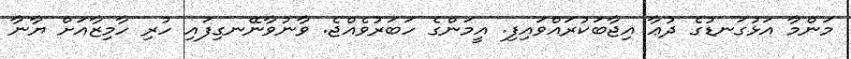
މަންމާ އަޅުގަނޑުގެ ދުޢާ އިޖާބަކުރައްވައިފި. އީމަންގެ ހަބަރުވެއްޖެ. ވާނުވާނޭނގިފައި ހުރި ހާމިޒާއަށް ޔާނާ